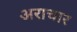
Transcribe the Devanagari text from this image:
अराचार